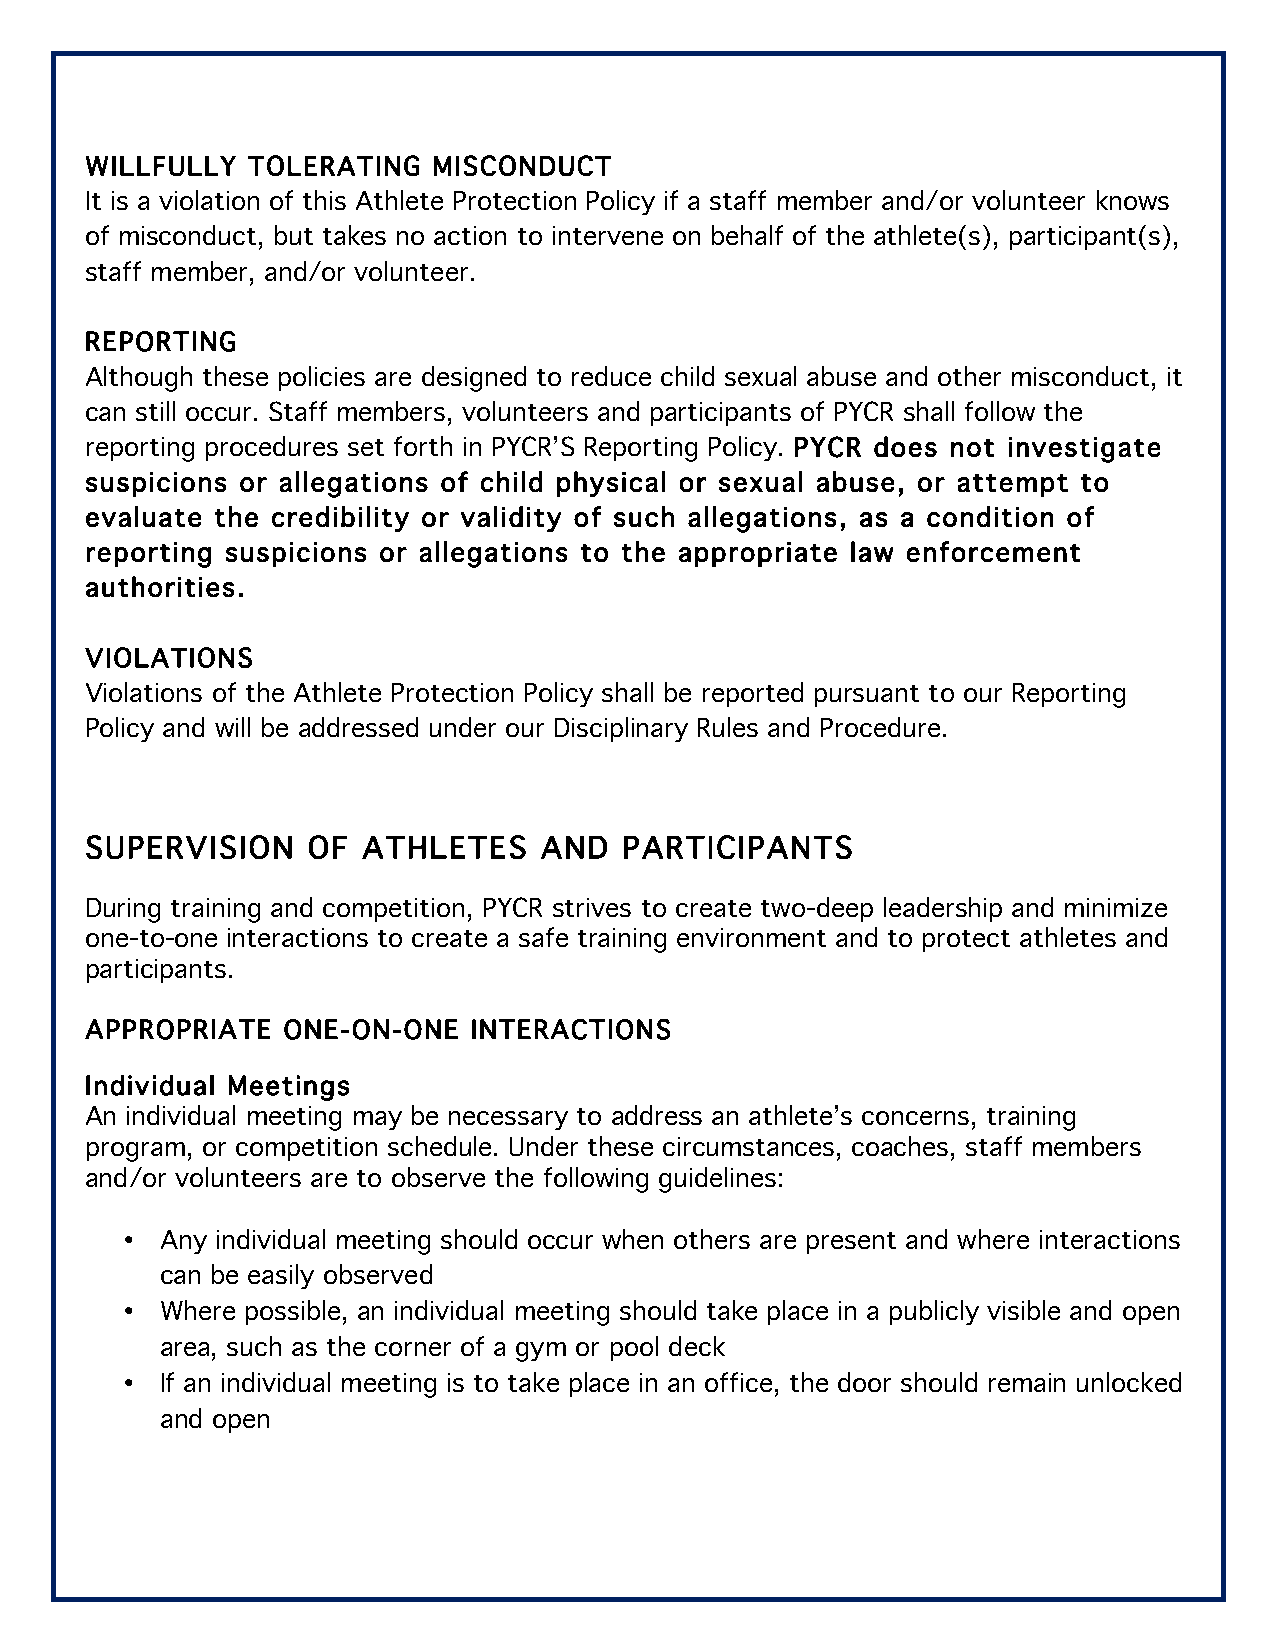
WILLFULLY TOLERATING   MISCONDUCT
 It is a violation of this Athlete Protection Policy if a staff member and/or volunteer knows
 of misconduct, but takes no action to intervene on behalf of the athlete(s), participant(s),
 staff member, and/or volunteer.
 REPORTING
 Although these policies are designed to reduce child sexual abuse and other misconduct, it
 can still occur. Staff members, volunteers and participants of PYCR shall follow the
 reporting procedures set forth in PYCR’S Reporting Policy. PYCR does not investigate
 suspicions or allegations of child physical or sexual abuse, or attempt to
 evaluate the credibility or validity of such allegations, as a condition of
 reporting suspicions or allegations to the appropriate law enforcement
 authorities.
 VIOLATIONS
 Violations of the Athlete Protection Policy shall be reported pursuant to our Reporting
 Policy and will be addressed under our Disciplinary Rules and Procedure.
 SUPERVISION   OF  ATHLETES    AND  PARTICIPANTS
 During training and competition, PYCR strives to create two-deep leadership and minimize
 one-to-one interactions to create a safe training environment and to protect athletes and
 participants.
 APPROPRIATE  ONE-ON-ONE  INTERACTIONS
 Individual Meetings
 An individual meeting may be necessary to address an athlete’s concerns, training
 program, or competition schedule. Under these circumstances, coaches, staff members
 and/or volunteers are to observe the following guidelines:
 •  Any individual meeting should occur when others are present and where interactions
 can be easily observed
 •  Where possible, an individual meeting should take place in a publicly visible and open
 area, such as the corner of a gym or pool deck
 •  If an individual meeting is to take place in an office, the door should remain unlocked
 and open